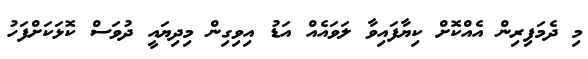
މި ދެމަފިރިން އެއްކޮށް ކިޔާފައިވާ ލަވައެއް އަޑު އިވިގިން މިދިޔައީ ދުވަސް ކޮޅަކަށްފަހު